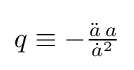
{\textstyle q\equiv -{\frac {{\ddot {a}}\,a}{{\dot {a}}^{2}}}}